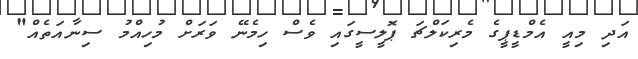
އަދި މިއީ އެމްޑީޕީގެ މެރިކަލްޗަ ޕޮލީސީގައި ވެސް ހިމެނޭ ވަރަށް މުހިއްމު ސިނާއަތެއް"